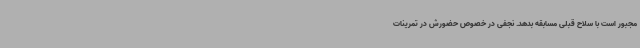
مجبور است با سلاح قبلی مسابقه بدهد. نجفی در خصوص حضورش در تمرینات